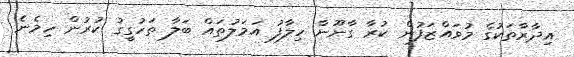
އިދާރާތަކުގެ މުވައްޒަަފުން ކުރާ ގާނޫނާ ހިލާފު އަމަލުތައް ބަލާ ތަހުގީގު ކުރުން ހިމެނެ